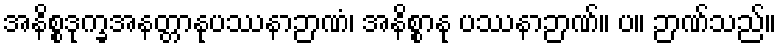
အနိစ္စဒုက္ခအနတ္တာနုပဿနာဉာဏံ၊ အနိစ္စာနု ပဿနာဉာဏ်။ ပ။ ဉာဏ်သည်။